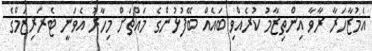
އެމުޒާހަރާ ރާވާ އިންތިޒާމު ކުރެއްވި ބައެއް ބޭފުޅުންގެ މައްޗަށް މިހާރު އެވަނީ ޓެރަރިޒަމްގެ